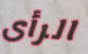
الرأى